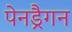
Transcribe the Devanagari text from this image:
पेनड्रैगन